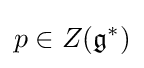
p\in Z({\mathfrak {g}}^{*})